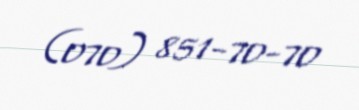
(070) 851-70-70